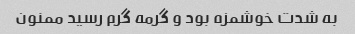
به شدت خوشمزه بود و گرمه گرم رسید ممنون